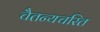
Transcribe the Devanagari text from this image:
चैतन्यचरित